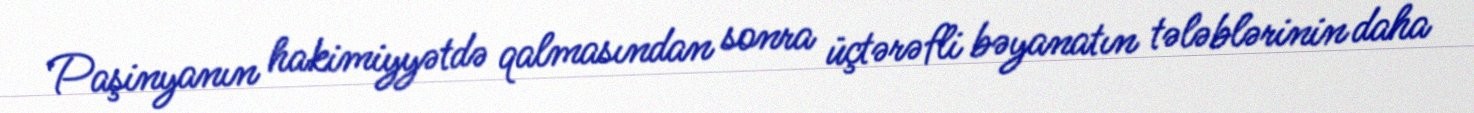
Paşinyanın hakimiyyətdə qalmasından sonra üçtərəfli bəyanatın tələblərinin daha